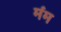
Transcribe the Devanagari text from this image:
मंम